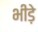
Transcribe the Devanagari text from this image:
भीड़े